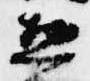
惣